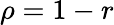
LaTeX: \rho=1-r